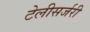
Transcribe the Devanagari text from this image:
टेलीसर्जरी